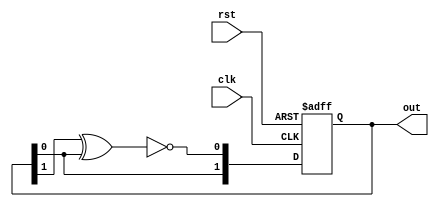
`timescale 1ns / 1ps
//////////////////////////////////////////////////////////////////////////////////
// Company: 
// Engineer: 
// 
// Design Name: 
// Module Name: testee
// Project Name: 
// Target Devices: 
// Tool Versions: 
// Description: 
// 
// Dependencies: 
// 
// Revision:
// Revision 0.01 - File Created
// Additional Comments:
// 
//////////////////////////////////////////////////////////////////////////////////


module testee(out, clk, rst);

output reg [1:0] out = 0;
input clk, rst;
wire feedback;

assign feedback = ~(out[1] ^ out[0]);

always @(posedge clk, posedge rst)
  begin
    if (rst)
      out = 1'b0;
    else
      
      out = {out[0],feedback};
  end

endmodule